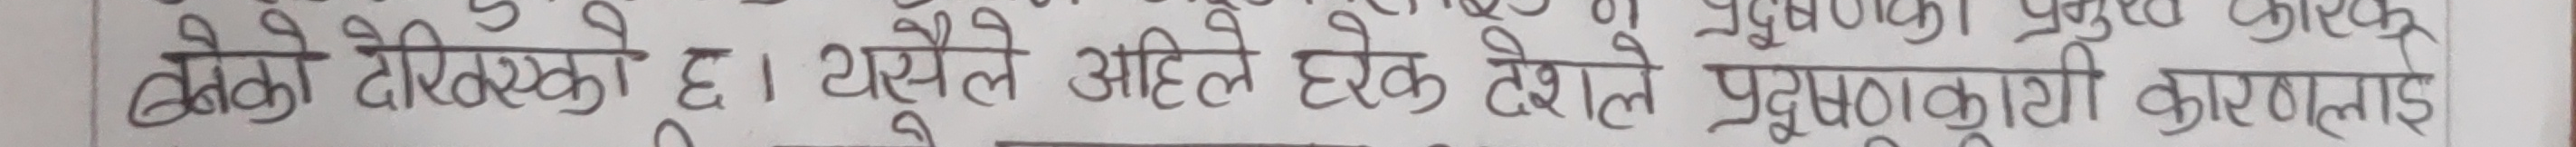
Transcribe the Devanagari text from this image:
बैको देखाएको छ । यसैले अहिले हरेक देशले प्रदूषणकारी कारलाई